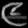
Digit: ၉